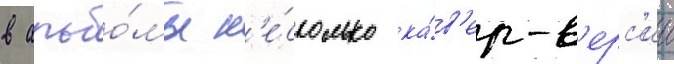
в альбо́мы н'е́сколько ка́в'ер-в'ерс'ии